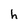
Character: h